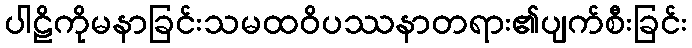
ပါဠိကိုမနာခြင်းသမထဝိပဿနာတရား၏ပျက်စီးခြင်း